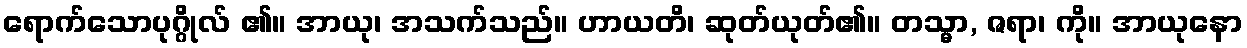
ရောက်သောပုဂ္ဂိုလ် ၏။ အာယု၊ အသက်သည်။ ဟာယတိ၊ ဆုတ်ယုတ်၏။ တသ္မာ, ဇရာ၊ ကို။ အာယုနော